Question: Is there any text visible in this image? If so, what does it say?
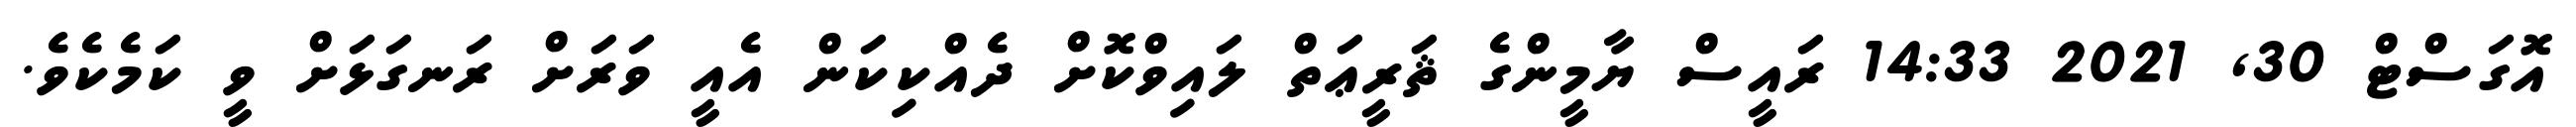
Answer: އޮގަސްޓް 30, 2021 14:33 ރައީސް ޔާމީންގެ ޘަރީޢަތް ލައިވްކޮށް ދެއްކިކަން އެއީ ވަރަށް ރަނގަޅަށް ވީ ކަމެކެވެ.